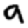
Digit: 9